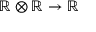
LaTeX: \mathbb { R } \otimes \mathbb { R } \rightarrow \mathbb { R }